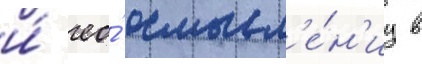
и́ ео́ осмысл'е́н'иу в